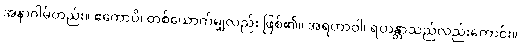
အနာဂါမ်တည်း။ ဧကောပိ၊ တစ်ယောက်မျှလည်း ဖြစ်၏။ အရဟာဝါ၊ ရဟန္တာသည်လည်းကောင်း။